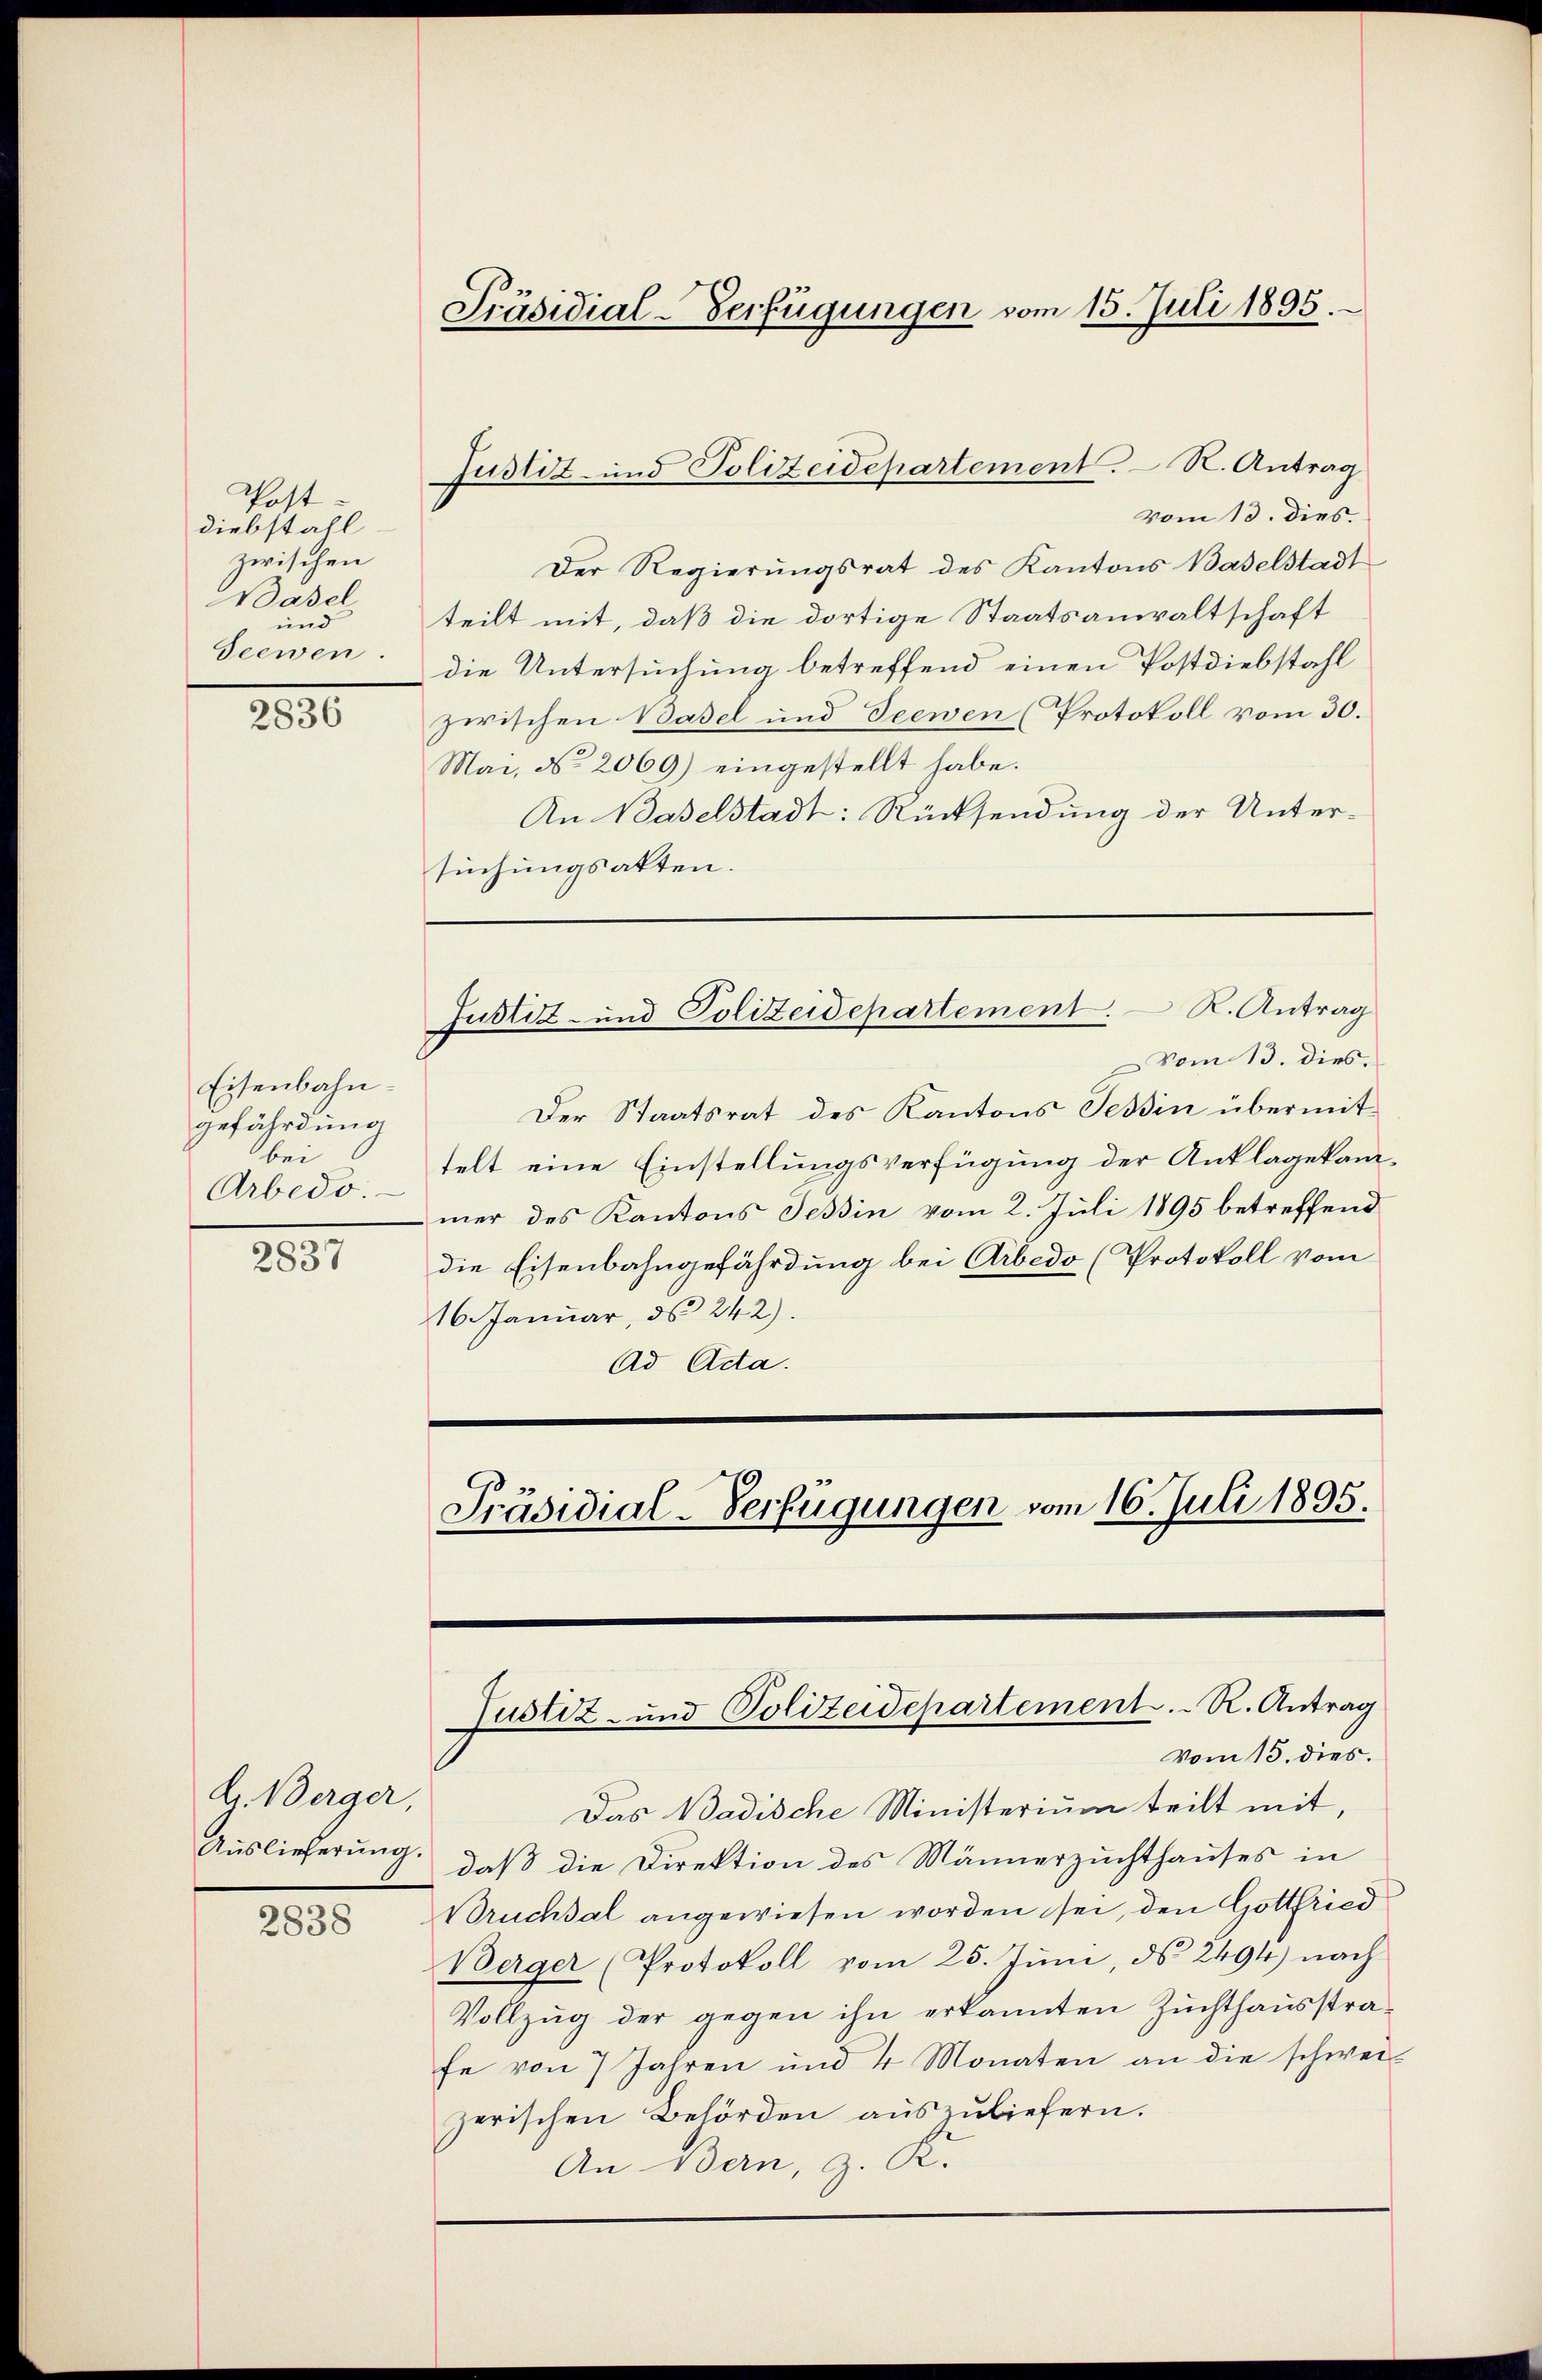
Post
diebstahl
zwischen
Basel
und
Seewen

2836

Eisenbahn.
gefährdung
bei
Arbedo.

2837

G. Berger,
Auslieferung.

2838

Präsidial-Verfügungen vom 15. Juli 1895.

vom 13. dies.
Der Regierungsrat des Kantons Baselstadt
teilt mit, daß die dortige Staatsanwaltschaft
die Untersuchung betreffend einen Postdiebstahl
zwischen Basel und Seewen (Protokoll vom 30.
Mai, No 2069) eingestellt habe.
An Baselstadt: Rücksendung der Unter-
suchungsakten.

Justiz- und Polizeidepartement. R. Antrag

Justiz- und Polizeidepartement. K. Antrag
Vom 13. dies.

Der Staatsrat des Kantons Tessin übermittelt eine Einstellungsverfügung der Anklagekammer des Kantons Tessin vom 2. Juli 1895 betreffend
die Eisenbahngefährdung bei Arbedo (Protokoll vom
16. Januar, d. 242).
Ad Ada.
Präsidial-Verfügungen vom 16. Juli 1895.

Justiz- und Polizeidepartement. R. Antrag
Vom 15. dies.

Das Badische Ministerium teilt mit,
daß die Direktion des Männerzuchthauses in
Bruchsal angewiesen worden sei, den Gottfried
Berger (Protokoll vom 25. Juni, ds 2494) nach
Vollzug der gegen ihn erkannten Zuchthausstrafe von 7 Jahren und 4 Monaten an die schwei-
zerischen Behörden auszuliefern.
An Bern, z. K.